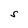
Character: S